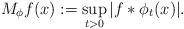
LaTeX: \begin{align*}M_\phi f(x):=\sup_{t>0}|f\ast\phi_t(x)|.\end{align*}